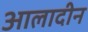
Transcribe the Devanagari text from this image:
आलादीन